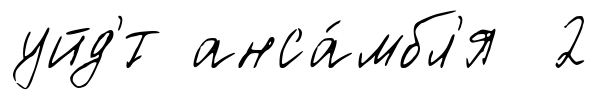
уйд'́т анса́мбл'я 2